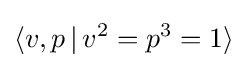
\langle v,p\,|\,v^{2}=p^{3}=1\rangle